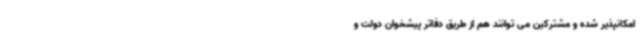
امکانپذیر شده و مشترکین می توانند هم از طریق دفاتر پیشخوان دولت و